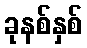
ခုနစ်နှစ်